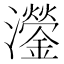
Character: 灐